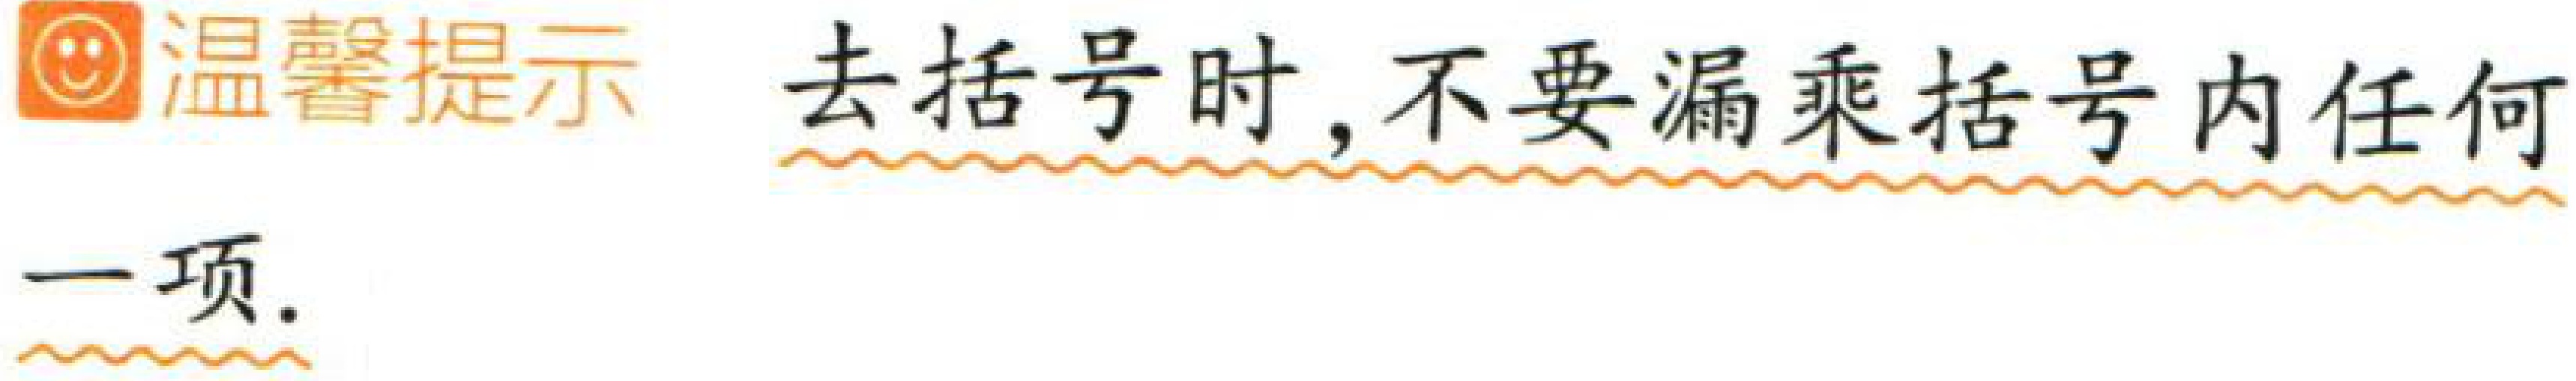
温馨提示 去括号时, 不要漏乘括号内任何一项.